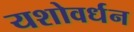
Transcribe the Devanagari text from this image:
यशोवर्धन